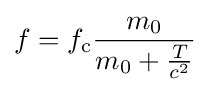
f=f_{\mathrm {c} }{\frac {m_{0}}{m_{0}+{\frac {T}{c^{2}}}}}